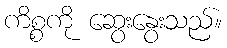
ကိစ္စကို ဆွေးနွေးသည်။